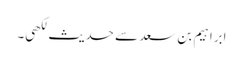
ابراہیم بن سعد سے حدیث لکھی۔